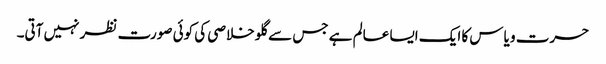
حسرت و یاس کا ایک ایسا عالم ہے جس سے گلو خلاصی کی کوئی صورت نظر نہیں آتی۔